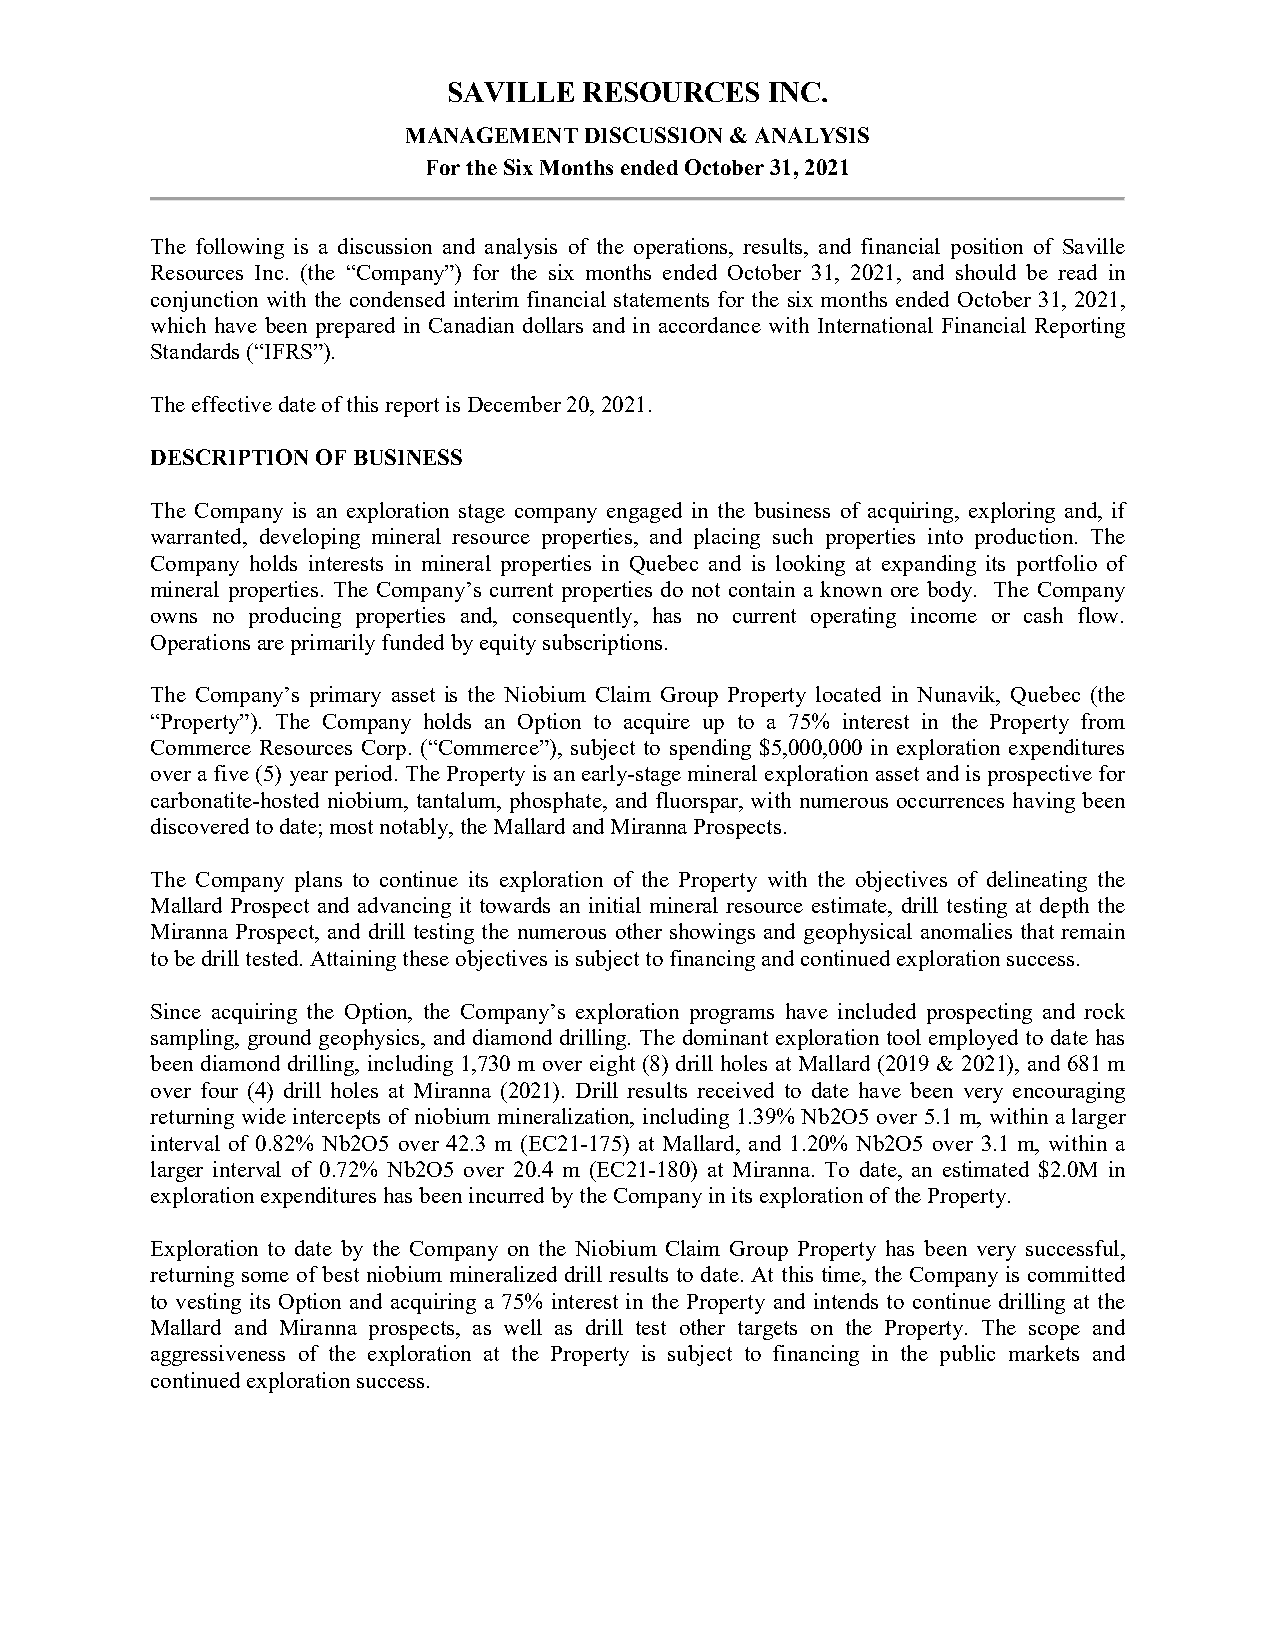
SAVILLE  RESOURCES   INC.
 MANAGEMENT  DISCUSSION & ANALYSIS
 For the Six Months ended October 31, 2021
 The following is a discussion and analysis of the operations, results, and financial position of Saville
 Resources Inc. (the “Company”) for the six months ended October 31, 2021, and should be read in
 conjunction with the condensed interim financial statements for the six months ended October 31, 2021,
 which have been prepared in Canadian dollars and in accordance with International Financial Reporting
 Standards (“IFRS”).
 The effective date of this report is December 20, 2021.
 DESCRIPTION OF BUSINESS
 The Company is an exploration stage company engaged in the business of acquiring, exploring and, if
 warranted, developing mineral resource properties, and placing such properties into production. The
 Company holds interests in mineral properties in Quebec and is looking at expanding its portfolio of
 mineral properties. The Company’s current properties do not contain a known ore body. The Company
 owns no producing properties and, consequently, has no current operating income or cash flow.
 Operations are primarily funded by equity subscriptions.
 The Company’s primary asset is the Niobium Claim Group Property located in Nunavik, Quebec (the
 “Property”). The Company holds an Option to acquire up to a 75% interest in the Property from
 Commerce Resources Corp. (“Commerce”), subject to spending $5,000,000 in exploration expenditures
 over a five (5) year period. The Property is an early-stage mineral exploration asset and is prospective for
 carbonatite-hosted niobium, tantalum, phosphate, and fluorspar, with numerous occurrences having been
 discovered to date; most notably, the Mallard and Miranna Prospects.
 The Company plans to continue its exploration of the Property with the objectives of delineating the
 Mallard Prospect and advancing it towards an initial mineral resource estimate, drill testing at depth the
 Miranna Prospect, and drill testing the numerous other showings and geophysical anomalies that remain
 to be drill tested. Attaining these objectives is subject to financing and continued exploration success.
 Since acquiring the Option, the Company’s exploration programs have included prospecting and rock
 sampling, ground geophysics, and diamond drilling. The dominant exploration tool employed to date has
 been diamond drilling, including 1,730 m over eight (8) drill holes at Mallard (2019 & 2021), and 681 m
 over four (4) drill holes at Miranna (2021). Drill results received to date have been very encouraging
 returning wide intercepts of niobium mineralization, including 1.39% Nb2O5 over 5.1 m, within a larger
 interval of 0.82% Nb2O5 over 42.3 m (EC21-175) at Mallard, and 1.20% Nb2O5 over 3.1 m, within a
 larger interval of 0.72% Nb2O5 over 20.4 m (EC21-180) at Miranna. To date, an estimated $2.0M in
 exploration expenditures has been incurred by the Company in its exploration of the Property.
 Exploration to date by the Company on the Niobium Claim Group Property has been very successful,
 returning some of best niobium mineralized drill results to date. At this time, the Company is committed
 to vesting its Option and acquiring a 75% interest in the Property and intends to continue drilling at the
 Mallard and Miranna prospects, as well as drill test other targets on the Property. The scope and
 aggressiveness of the exploration at the Property is subject to financing in the public markets and
 continued exploration success.